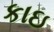
કાઇ